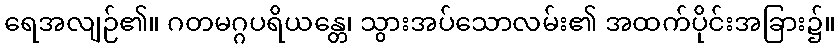
ရေအလျဉ်၏။ ဂတမဂ္ဂပရိယန္တေ၊ သွားအပ်သောလမ်း၏ အထက်ပိုင်းအခြား၌။